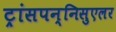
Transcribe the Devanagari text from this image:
ट्रांसपन्निसुएलर